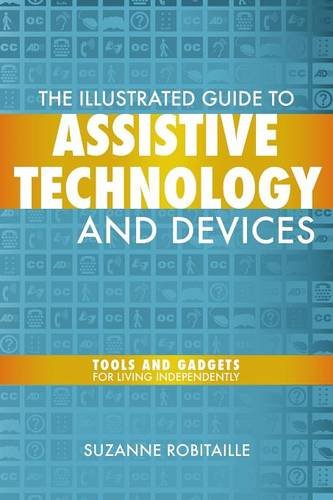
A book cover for The Illustrated Guide to Assistive Technology & Devices; Suzanne Robitaille; Health, Fitness & Dieting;